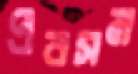
প্রবসন